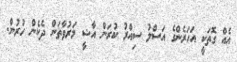
އެއް ގޮތަކީ އަހަރެންގެ އަސްލު ސިއްރު ކުރަން އާޝީ މަރުވާތަން ދެކެން ހުރުން.